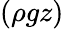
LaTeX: (\rho gz)